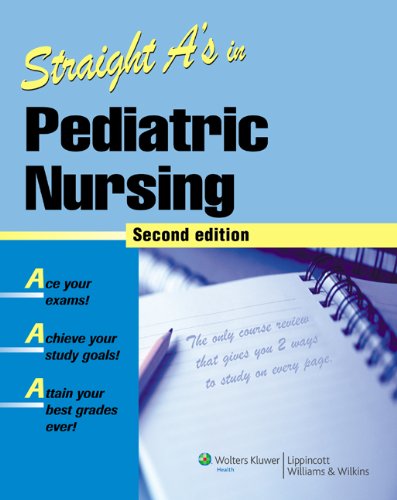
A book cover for Straight A's in Pediatric Nursing; Springhouse; Medical Books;